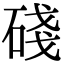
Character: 碊